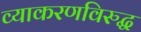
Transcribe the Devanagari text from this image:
व्याकरणविरुद्ध